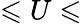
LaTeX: \leqslant U\leqslant